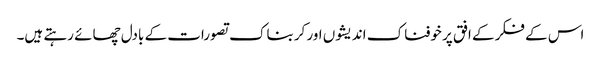
اس کے فکر کے افق پر خوفناک اندیشوں اور کربناک تصورات کے بادل چھائے رہتے ہیں۔